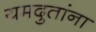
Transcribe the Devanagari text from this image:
यमदुतांना